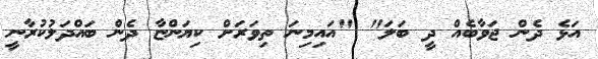
އަޅެ ދެން ޖަވާބެއް ދީ ބަލަ" "އައިމިނަ ތިވަރަށް ކިޔަންޏާ ދެން ބައްދަލުކުރާނީ